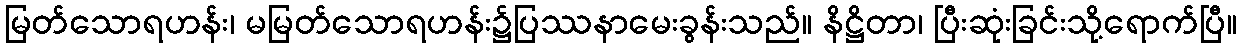
မြတ်သောရဟန်း၊ မမြတ်သောရဟန်း၌ပြဿနာမေးခွန်းသည်။ နိဋ္ဌိတာ၊ ပြီးဆုံးခြင်းသို့ရောက်ပြီ။